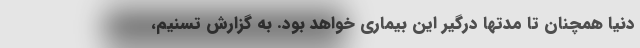
دنیا همچنان تا مدتها درگیر این بیماری خواهد بود. به گزارش تسنیم،